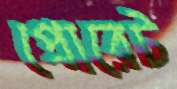
প্রোরেট